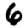
Digit: 6